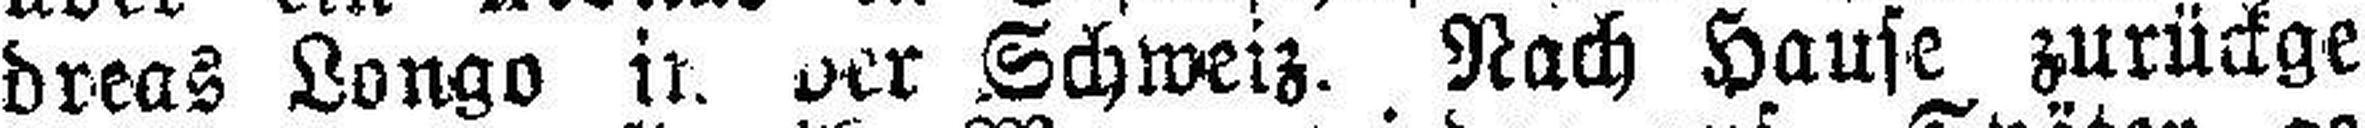
dreas Longo in der Schweiz. Nach Hause zurückge¬